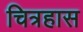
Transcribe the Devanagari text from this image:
चित्रहास